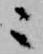
ニ